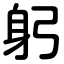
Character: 躬